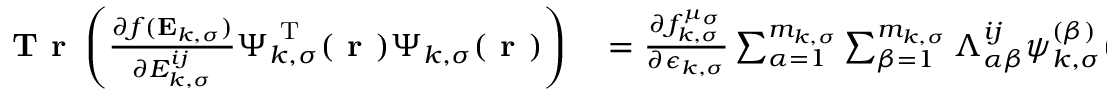
\begin{array} { r l } { \textbf { T r } \left( \frac { \partial f ( \mathbf { E } _ { k , \sigma } ) } { \partial { E } _ { k , \sigma } ^ { i j } } \boldsymbol { \Psi } _ { k , \sigma } ^ { \mathrm { ~ T ~ } } ( \boldsymbol { \textbf { r } } ) \boldsymbol { \Psi } _ { k , \sigma } ( \boldsymbol { \textbf { r } } ) \right) } & { { } = \frac { \partial f _ { k , \sigma } ^ { \mu _ { \sigma } } } { \partial \epsilon _ { k , \sigma } } \sum _ { \alpha = 1 } ^ { m _ { k , \sigma } } \sum _ { \beta = 1 } ^ { m _ { k , \sigma } } \Lambda _ { \alpha \beta } ^ { i j } \psi _ { k , \sigma } ^ { ( \beta ) } ( \boldsymbol { \textbf { r } } ) \psi _ { k , \sigma } ^ { ( \alpha ) } ( \boldsymbol { \textbf { r } } ) \, . } \end{array}